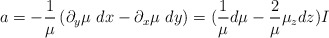
\begin{align*}a=-\frac{1}{\mu}\left(\partial_y\mu\ dx-\partial_x\mu\ dy\right)=(\frac{1}{\mu}d\mu-\frac{2}{\mu}\mu_zdz)I\end{align*}